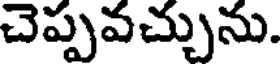
చెప్పవచ్చును.